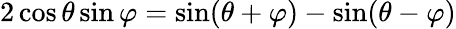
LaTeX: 2\cos\theta\sin\varphi={\sin(\theta+\varphi)-\sin(\theta-\varphi)}